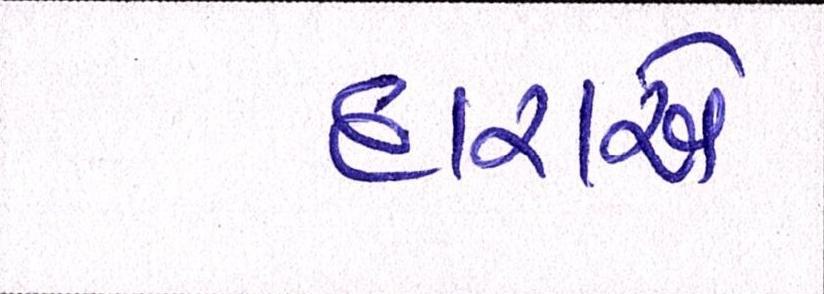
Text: દારાએ